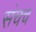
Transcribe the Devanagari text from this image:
संचच